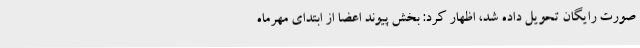
صورت رایگان تحویل داده ‌شد، اظهار کرد: بخش پیوند اعضا از ابتدای مهرماه